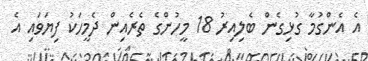
އެ އެންގުމާ ގުޅިގެން ބެލިއިރު 18 މީހުންގެ ތެރެއިން ދެމީހަކު ފިޔަވައި އެ